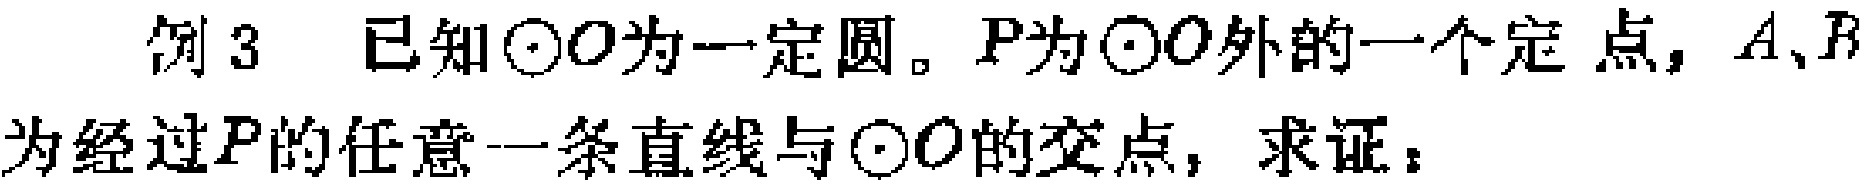
例3 已知$\odot O$为一定圆。$P$为$\odot O$外的一个定点，$A、B$为经过$P$的任意一条直线与$\odot O$的交点，求证：